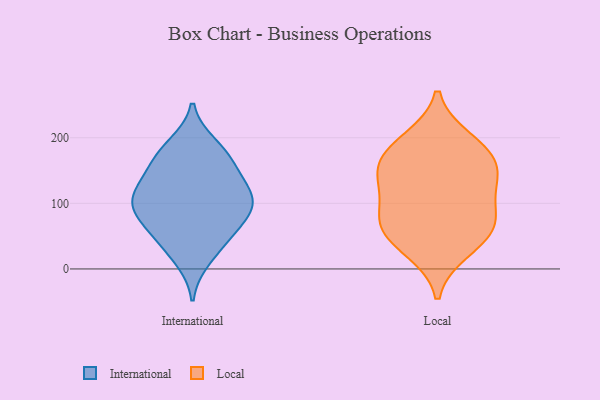
{"axis": {"x": "Energy Usage (MWh)", "y": "Value"}, "legend": ["International", "Local"], "data": [{"x": "", "y": 48, "type": "International"}, {"x": "", "y": 94, "type": "International"}, {"x": "", "y": 97, "type": "International"}, {"x": "", "y": 15, "type": "International"}, {"x": "", "y": 42, "type": "International"}, {"x": "", "y": 155, "type": "International"}, {"x": "", "y": 106, "type": "International"}, {"x": "", "y": 165, "type": "International"}, {"x": "", "y": 74, "type": "International"}, {"x": "", "y": 189, "type": "International"}, {"x": "", "y": 178, "type": "International"}, {"x": "", "y": 109, "type": "International"}, {"x": "", "y": 129, "type": "International"}, {"x": "", "y": 78, "type": "International"}, {"x": "", "y": 123, "type": "International"}, {"x": "", "y": 132, "type": "Local"}, {"x": "", "y": 49, "type": "Local"}, {"x": "", "y": 81, "type": "Local"}, {"x": "", "y": 179, "type": "Local"}, {"x": "", "y": 71, "type": "Local"}, {"x": "", "y": 29, "type": "Local"}, {"x": "", "y": 196, "type": "Local"}, {"x": "", "y": 132, "type": "Local"}, {"x": "", "y": 145, "type": "Local"}, {"x": "", "y": 172, "type": "Local"}, {"x": "", "y": 71, "type": "Local"}]}